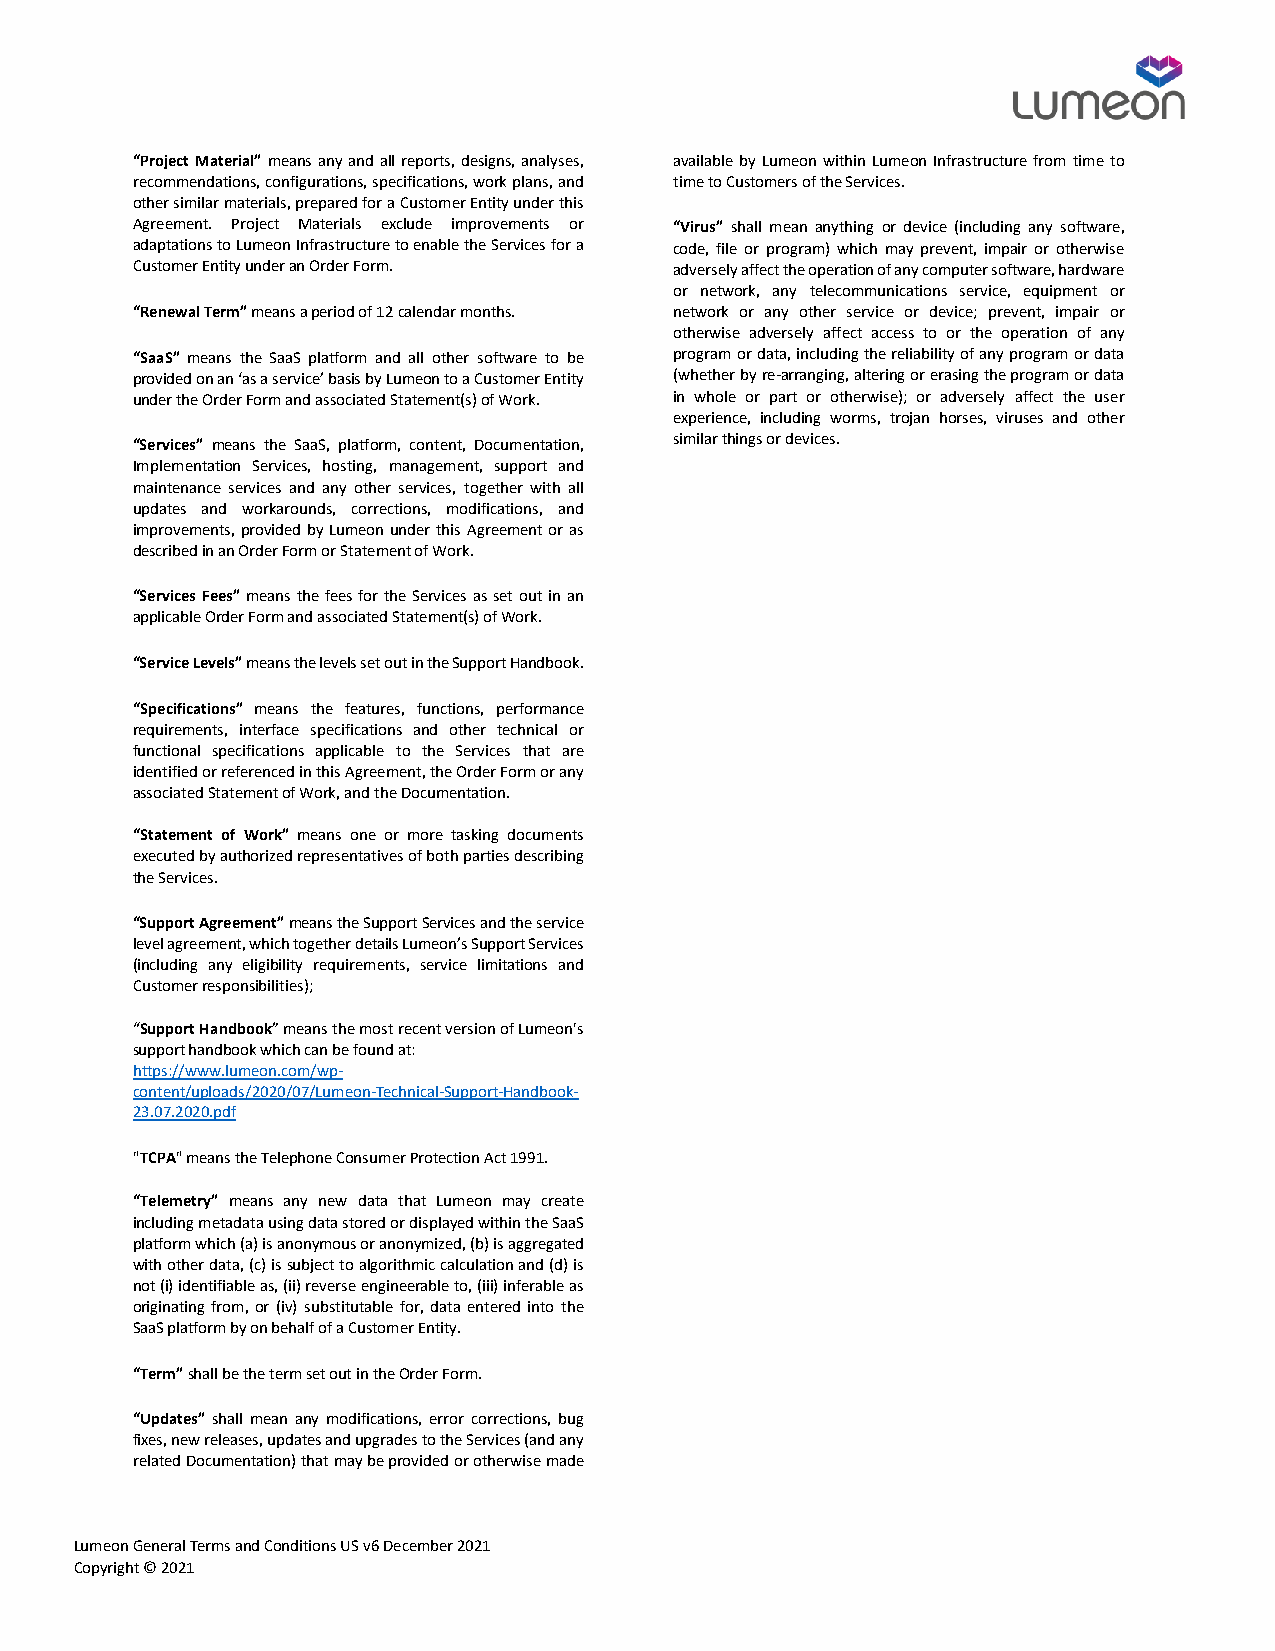
“Project Material” means any and all reports, designs, analyses, available by Lumeon within Lumeon Infrastructure from time to
 recommendations, configurations, specifications, work plans, and time to Customers of the Services.
 other similar materials, prepared for a Customer Entity under this
 Agreement. Project Materials exclude improvements or “Virus” shall mean anything or device (including any software,
 adaptations to Lumeon Infrastructure to enable the Services for a code, file or program) which may prevent, impair or otherwise
 Customer Entity under an Order Form. adversely affect the operation of any computer software, hardware
 or network, any telecommunications service, equipment or
 “Renewal Term” means a period of 12 calendar months. network or any other service or device; prevent, impair or
 otherwise adversely affect access to or the operation of any
 “SaaS” means the SaaS platform and all other software to be program or data, including the reliability of any program or data
 provided on an ‘as a service’ basis by Lumeon to a Customer Entity (whether by re-arranging, altering or erasing the program or data
 under the Order Form and associated Statement(s) of Work. in whole or part or otherwise); or adversely affect the user
 experience, including worms, trojan horses, viruses and other
 similar things or devices.
 “Services” means the SaaS, platform, content, Documentation,
 Implementation Services, hosting, management, support and
 maintenance services and any other services, together with all
 updates and workarounds, corrections, modifications, and
 improvements, provided by Lumeon under this Agreement or as
 described in an Order Form or Statement of Work.
 “Services Fees” means the fees for the Services as set out in an
 applicable Order Form and associated Statement(s) of Work.
 “Service Levels” means the levels set out in the Support Handbook.
 “Specifications” means the features, functions, performance
 requirements, interface specifications and other technical or
 functional specifications applicable to the Services that are
 identified or referenced in this Agreement, the Order Form or any
 associated Statement of Work, and the Documentation.
 “Statement of Work” means one or more tasking documents
 executed by authorized representatives of both parties describing
 the Services.
 “Support Agreement” means the Support Services and the service
 level agreement, which together details Lumeon’s Support Services
 (including any eligibility requirements, service limitations and
 Customer responsibilities);
 “Support Handbook” means the most recent version of Lumeon's
 support handbook which can be found at:
 https://www.lumeon.com/wp-
 content/uploads/2020/07/Lumeon-Technical-Support-Handbook-
 23.07.2020.pdf
 "TCPA" means the Telephone Consumer Protection Act 1991.
 “Telemetry” means any new data that Lumeon may create
 including metadata using data stored or displayed within the SaaS
 platform which (a) is anonymous or anonymized, (b) is aggregated
 with other data, (c) is subject to algorithmic calculation and (d) is
 not (i) identifiable as, (ii) reverse engineerable to, (iii) inferable as
 originating from, or (iv) substitutable for, data entered into the
 SaaS platform by on behalf of a Customer Entity.
 “Term” shall be the term set out in the Order Form.
 “Updates” shall mean any modifications, error corrections, bug
 fixes, new releases, updates and upgrades to the Services (and any
 related Documentation) that may be provided or otherwise made
 Lumeon General Terms and Conditions US v6 December 2021
 Copyright © 2021